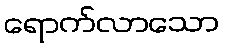
ရောက်လာသော